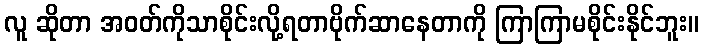
လူ ဆိုတာ အဝတ်ကိုသာစိုင်းလို့ရတာဗိုက်ဆာနေတာကို ကြာကြာမစိုင်းနိုင်ဘူး။